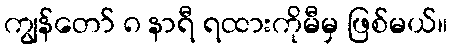
ကျွန်တော် ၈ နာရီ ရထားကိုမီမှ ဖြစ်မယ်။